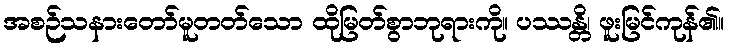
အစဉ်သနားတော်မူတတ်သော ထိုမြတ်စွာဘုရားကို။ ပဿန္တိ၊ ဖူးမြင်ကုန်၏။